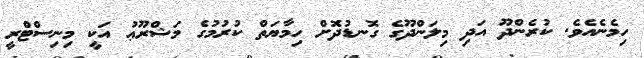
ހިމެނެއެވެ. ކުރެންދޫ އަދި މިލަންދޫގެ ގޮނޑުދޮަށް ހިމާޔަތް ކުރުމުގެ މަޝްރޫޢު އަކީ މިނިސްޓްރީ